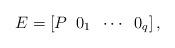
LaTeX: \begin{align*}E=\left[ P\;\; 0_{1}\;\;\cdots\;\;0_{q}\right],\end{align*}